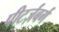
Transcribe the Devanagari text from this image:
पीटर्ज़बर्ग